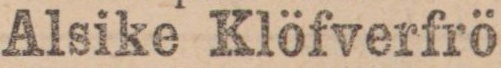
Alsike Klöfverfrö,